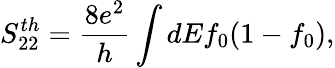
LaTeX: {S_{22}^{th}=\frac{8e^{2}}{h}\int dEf_{0}(1-f_{0}),}